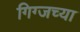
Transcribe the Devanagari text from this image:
गिग्जच्या